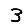
Digit: 3